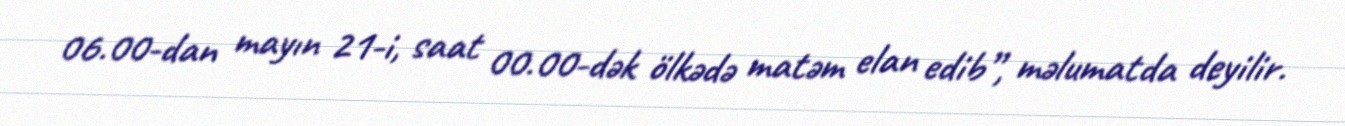
06.00-dan mayın 21-i, saat 00.00-dək ölkədə matəm elan edib”, məlumatda deyilir.